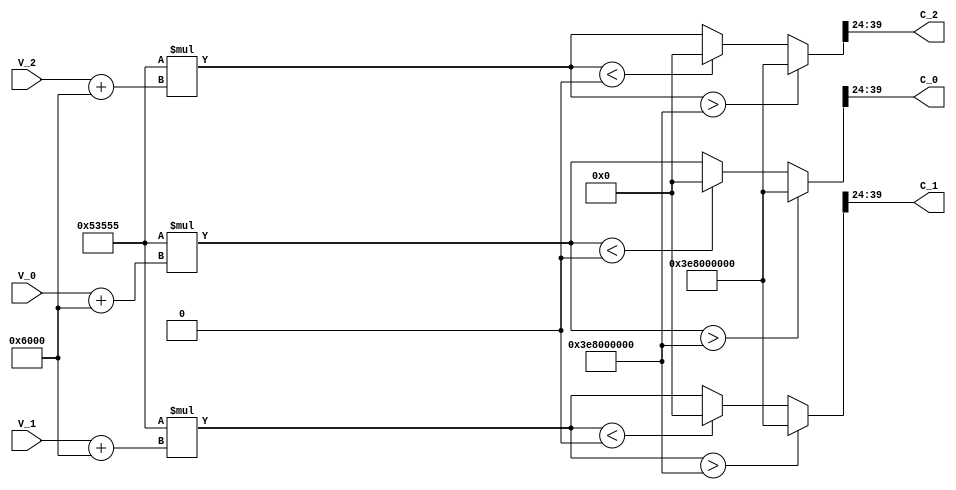
module controllerHdl_Phase_Voltages_To_Compare_Values
          (
           V_0,
           V_1,
           V_2,
           C_0,
           C_1,
           C_2
          );


  input   signed [19:0] V_0;  // sfix20_En12
  input   signed [19:0] V_1;  // sfix20_En12
  input   signed [19:0] V_2;  // sfix20_En12
  output  [15:0] C_0;  // uint16
  output  [15:0] C_1;  // uint16
  output  [15:0] C_2;  // uint16


  wire signed [19:0] V [0:2];  // sfix20_En12 [3]
  wire signed [19:0] Half_Bus_Voltage_out1;  // sfix20_En12
  wire signed [20:0] Add2_v;  // sfix21_En12
  wire signed [20:0] Add2_add_cast;  // sfix21_En12
  wire signed [20:0] Add2_add_temp;  // sfix21_En12
  wire signed [20:0] Add2_add_cast_1;  // sfix21_En12
  wire signed [20:0] Add2_add_temp_1;  // sfix21_En12
  wire signed [20:0] Add2_add_cast_2;  // sfix21_En12
  wire signed [20:0] Add2_add_temp_2;  // sfix21_En12
  wire signed [19:0] Add2_out1 [0:2];  // sfix20_En12 [3]
  wire signed [39:0] Voltage_To_PWM_Compare_Units_out1 [0:2];  // sfix40_En24 [3]
  wire signed [39:0] Saturation1_out1 [0:2];  // sfix40_En24 [3]
  wire [15:0] pwm_compare [0:2];  // uint16 [3]


  assign V[0] = V_0;
  assign V[1] = V_1;
  assign V[2] = V_2;

  // <S5>/Half_Bus_Voltage
  assign Half_Bus_Voltage_out1 = 20'sb00000110000000000000;



  // <S5>/Add2
  assign Add2_v = Half_Bus_Voltage_out1;
  assign Add2_add_cast = V[0];
  assign Add2_add_temp = Add2_add_cast + Add2_v;
  assign Add2_out1[0] = Add2_add_temp[19:0];
  assign Add2_add_cast_1 = V[1];
  assign Add2_add_temp_1 = Add2_add_cast_1 + Add2_v;
  assign Add2_out1[1] = Add2_add_temp_1[19:0];
  assign Add2_add_cast_2 = V[2];
  assign Add2_add_temp_2 = Add2_add_cast_2 + Add2_v;
  assign Add2_out1[2] = Add2_add_temp_2[19:0];



  // <S5>/Voltage_To_PWM_Compare_Units
  assign Voltage_To_PWM_Compare_Units_out1[0] = 341333 * Add2_out1[0];
  assign Voltage_To_PWM_Compare_Units_out1[1] = 341333 * Add2_out1[1];
  assign Voltage_To_PWM_Compare_Units_out1[2] = 341333 * Add2_out1[2];



  // <S5>/Saturation1
  assign Saturation1_out1[0] = (Voltage_To_PWM_Compare_Units_out1[0] > 40'sh03E8000000 ? 40'sh03E8000000 :
              (Voltage_To_PWM_Compare_Units_out1[0] < 40'sh0000000000 ? 40'sh0000000000 :
              Voltage_To_PWM_Compare_Units_out1[0]));
  assign Saturation1_out1[1] = (Voltage_To_PWM_Compare_Units_out1[1] > 40'sh03E8000000 ? 40'sh03E8000000 :
              (Voltage_To_PWM_Compare_Units_out1[1] < 40'sh0000000000 ? 40'sh0000000000 :
              Voltage_To_PWM_Compare_Units_out1[1]));
  assign Saturation1_out1[2] = (Voltage_To_PWM_Compare_Units_out1[2] > 40'sh03E8000000 ? 40'sh03E8000000 :
              (Voltage_To_PWM_Compare_Units_out1[2] < 40'sh0000000000 ? 40'sh0000000000 :
              Voltage_To_PWM_Compare_Units_out1[2]));



  // <S5>/Data Type Conversion1
  assign pwm_compare[0] = Saturation1_out1[0][39:24];
  assign pwm_compare[1] = Saturation1_out1[1][39:24];
  assign pwm_compare[2] = Saturation1_out1[2][39:24];



  assign C_0 = pwm_compare[0];

  assign C_1 = pwm_compare[1];

  assign C_2 = pwm_compare[2];

endmodule